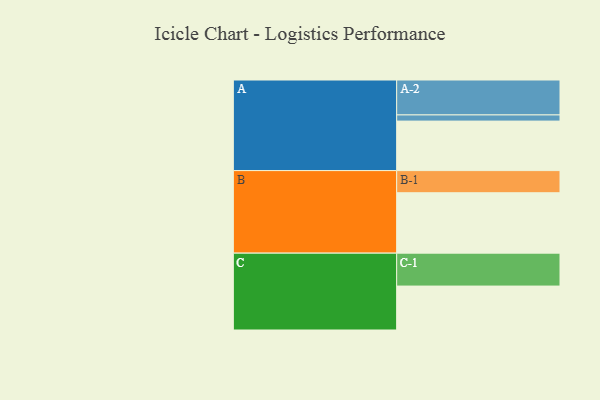
{"axis": {"x": "Segment", "y": "Value"}, "legend": ["", "A", "B", "C"], "data": [{"x": "A", "y": 418, "type": ""}, {"x": "B", "y": 510, "type": ""}, {"x": "C", "y": 371, "type": ""}, {"x": "A-1", "y": 52, "type": "A"}, {"x": "A-2", "y": 295, "type": "A"}, {"x": "B-1", "y": 187, "type": "B"}, {"x": "C-1", "y": 278, "type": "C"}]}